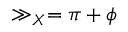
\gg _ { X } = \pi + \phi